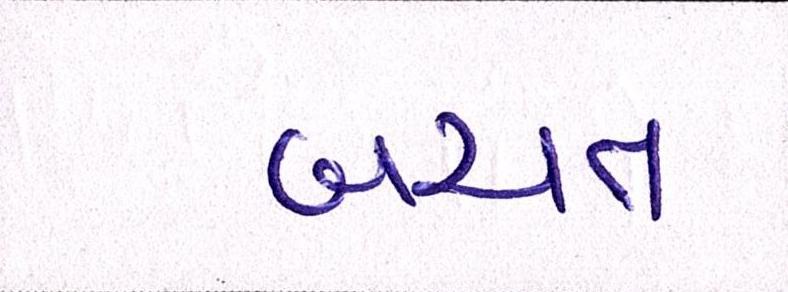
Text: બચત